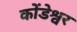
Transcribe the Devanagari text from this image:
कोंडेश्वर